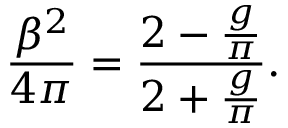
{ \frac { \beta ^ { 2 } } { 4 \pi } } = { \frac { 2 - { \frac { g } { \pi } } } { 2 + { \frac { g } { \pi } } } } .